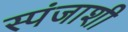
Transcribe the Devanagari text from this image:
स्पंजाशी